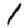
Digit: 1